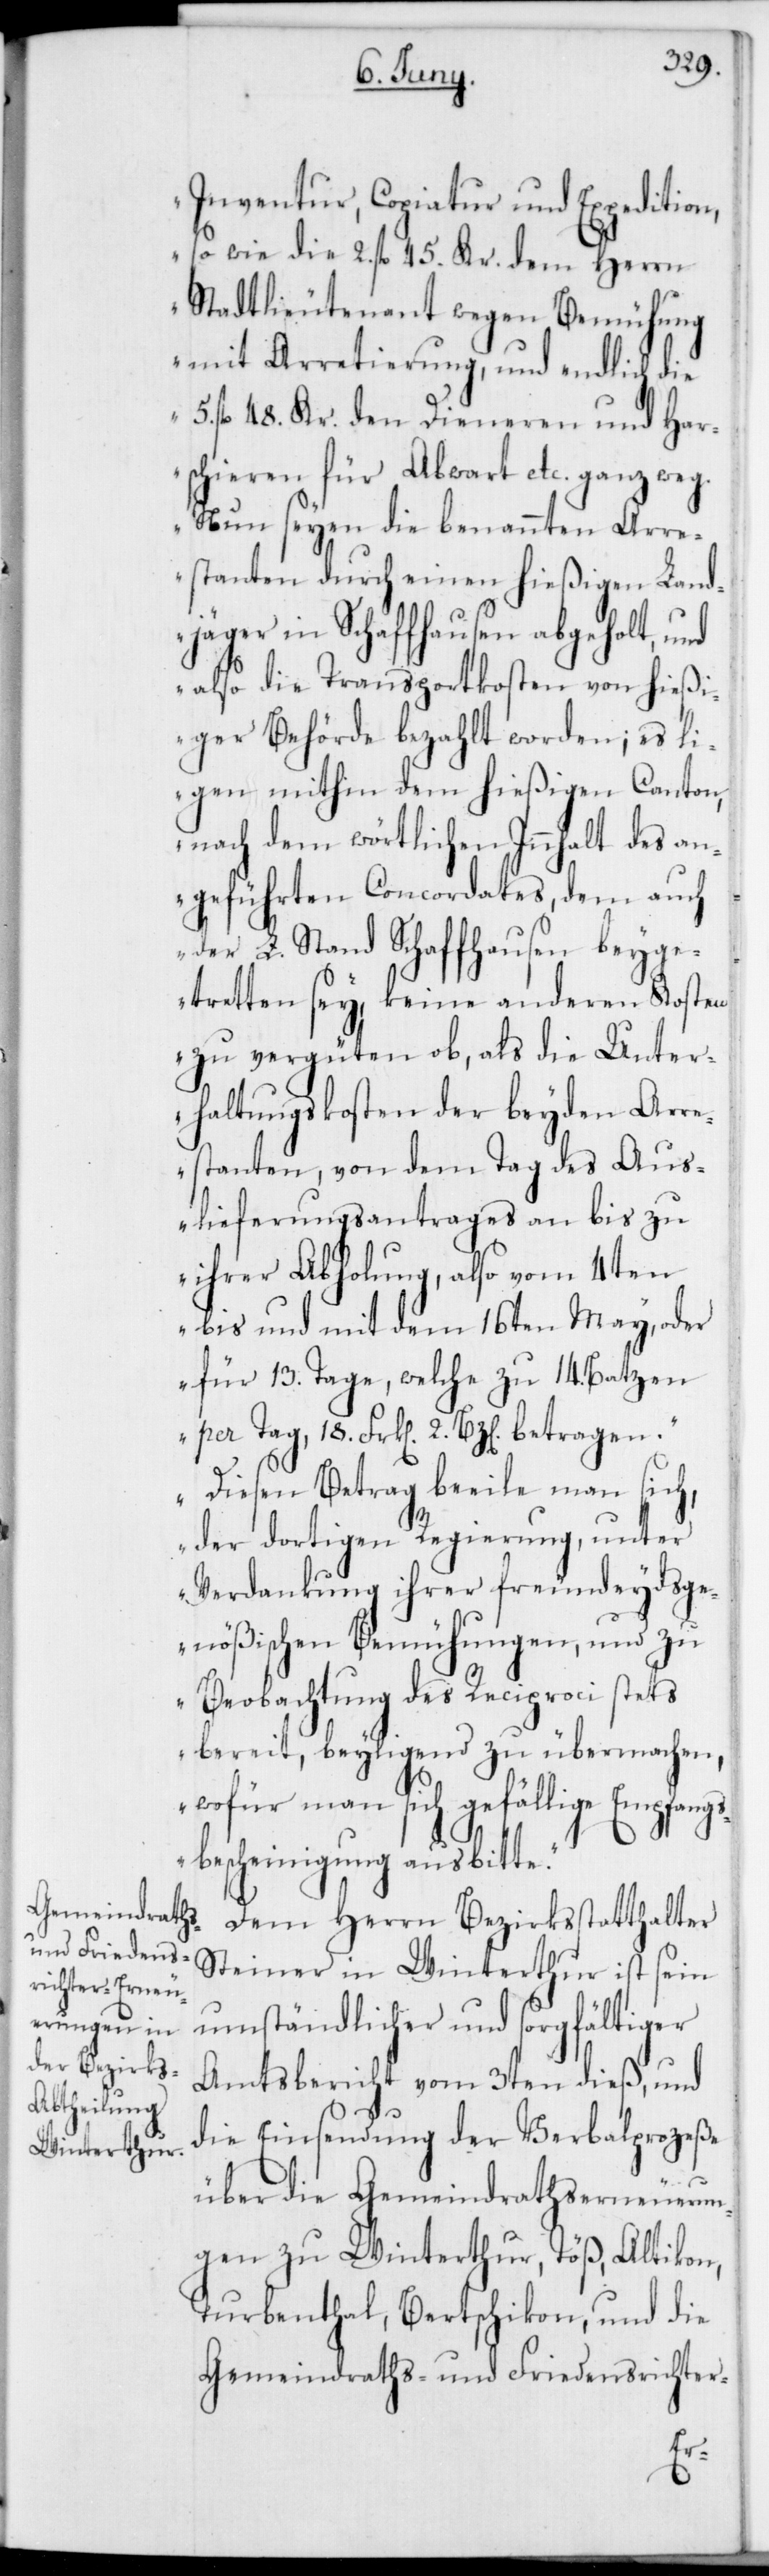
Inventur, Copiatur und Expedition,
so wie die 2. fl. 45. Kr. dem Herrn
Stadtlieutenant wegen Bemühung
mit Arretierung, und endlich die
5. fl. 48. Kr. den Dieneren und Har¬
schieren für Abwart etc. ganz weg.
Nun seyen die benannten Arre¬
stanten durch einen hießigen Land¬
jäger in Schaffhausen abgeholt, und
also die Transportkosten von hießi¬
ger Behörde bezahlt worden; es li¬
egen mithin dem hießigen Canton,
nach dem wörtlichen Innhalt des an¬
geführten Concordates, dem auch
der L. Stand Schaffhausen beyge¬
tretten sey, keine anderen Kosten
zu vergüten ob, als die Unter¬
haltungskosten der beyden Arre¬
stanten, von dem Tag des Aus¬
lieferungsantrages an bis zu
ihrer Abholung, also vom 4ten
bis und mit dem 16ten May, oder
für 13. Tage, welche zu 14. Batzen
per Tag, 18. Frk[en] 2 Bz[en] betragen.“
„Diesen Betrag beeile man sich,
der dortigen Regierung unter
Verdankung ihrer freundeydsge¬
nößischen Bemühungen, und zu
Beobachtung des Reciproci stets
bereit, beyligend zu übermachen,
wofür man sich gefällige Empfangs¬
bescheinigung ausbitte.“
Dem Herrn Bezirksstatthalter
Steiner in Winterthur ist sein
umständlicher und sorgfältiger
Amtsbericht vom 3ten dieß, und
die Einsendung der Verbalprozeße
über die Gemeindrathserneuerun¬
gen zu Winterthur, Töß, Altikon,
Turbenthal, Bertschikon, und die
Gemeindraths- und Friedensrichter-